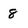
Character: 8